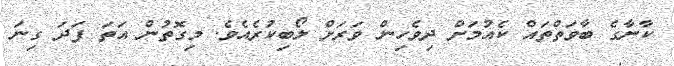
ކާނާގެ ބާވަތްތައް ކެއުމަށް ދިވެހިން ވަރަށް ލޯބިކުރެއެވެ. މިގޮތުން އަތަ ފަދަ ގިނަ